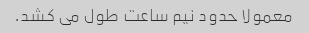
معمولا حدود نیم ساعت طول می کشد.